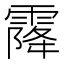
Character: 𩄐